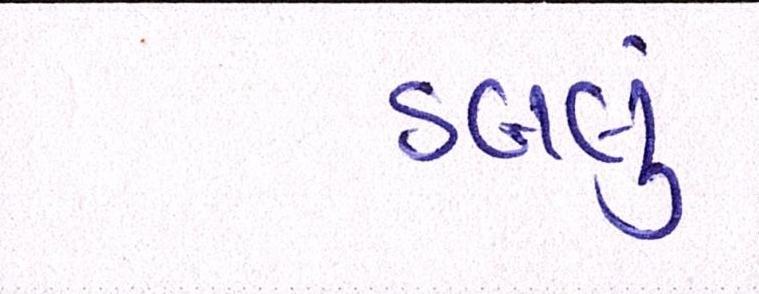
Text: ડબલું